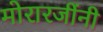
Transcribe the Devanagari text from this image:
मोरारजींनी